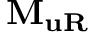
{ { \mathbf { M } } _ { { \mathbf { u R } } } }